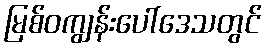
မြစ်ဝကျွန်းပေါ်ဒေသတွင်